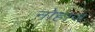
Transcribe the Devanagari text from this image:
नोहाज